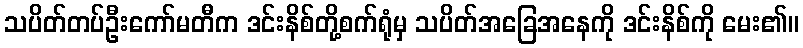
သပိတ်တပ်ဦးကော်မတီက ဒင်းနိစ်တို့စက်ရုံမှ သပိတ်အခြေအနေကို ဒင်းနိစ်ကို မေး၏။